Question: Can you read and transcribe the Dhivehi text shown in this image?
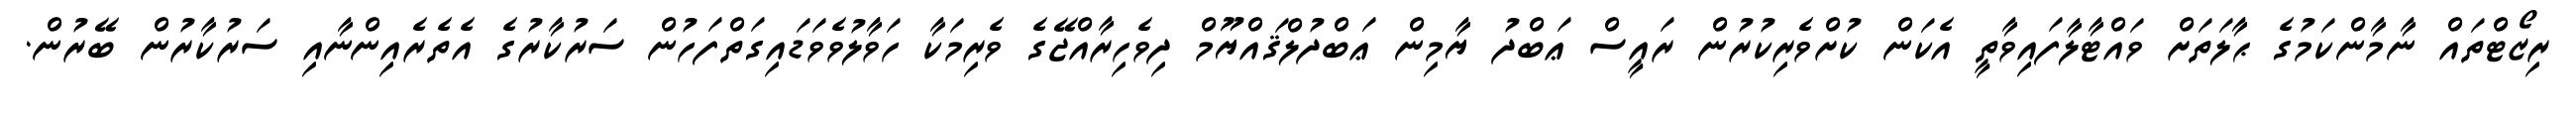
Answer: ރިޒޯޓްތައް ނާމާންކަމުގެ ޙާލަތަށް ވައްޓާލާފައިވާތީ އެކަން ކުށްވެރިކުރުން ރައީސް ޢަބްދު ޔާމިން ޢަބްދުލްޤައްޔޫމް ދިވެހިރާއްޖޭގެ ވެރިމަކާ ހަވާލުވެވަޑައިގަތްފަހުން ސަރުކާރުގެ އެތެރެއިންނާއި ސަރުކާރުން ބޭރުން.